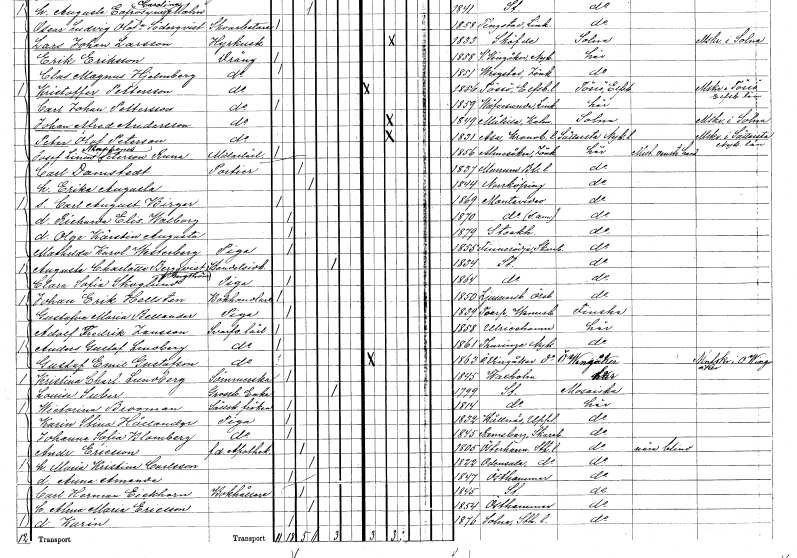
gt_parse: households: individuals: FN: Carl August Birger
KON: M
CIV: O
FODAR: 1869
FN: Ricarda Elisabet Walborg
KON: K
CIV: O
FODAR: 1870
FN: Olga Kärstin Augusta
KON: K
CIV: O
FODAR: 1879
FODFORS: Stockholm
FN: Mathilda Karolina
EN: Westerberg
YRKE: Piga
KON: K
CIV: O
FODAR: 1855
FODFORS: Finnerödja Örebro län
FN: Augusta Charlotta
EN: Bergqvist Bergström
YRKE: Handelsidkare
KON: K
CIV: E
FODAR: 1834
FODFORS: Stockholm
FN: Clara Sofia
EN: Skoglund
YRKE: Piga
KON: K
CIV: O
FODAR: 1864
FODFORS: Stockholm
FN: Johan Erik
EN: Hellsten
YRKE: Bokhandlare
KON: M
CIV: O
FODAR: 1850
FODFORS: Ljusnarsberg Örebro län
FN: Gustafva Maria
EN: Bellander
YRKE: Piga
KON: K
CIV: O
FODAR: 1839
FODFORS: Toarp Älvsborgs län
FN: Adolf Fredrik
EN: Jansson
YRKE: Svarvarelärling
KON: M
CIV: O
FODAR: 1858
FODFORS: Ulricehamn Älvsborgs län
FN: Anders Gustaf
EN: Lindberg
YRKE: Svarvarelärling
KON: M
CIV: O
FODAR: 1861
FODFORS: Turinge Stockholms län
FN: Gustaf Emil
EN: Gustafson
YRKE: Svarvarelärling
KON: M
CIV: O
FODAR: 1863
FODFORS: Östra Vingåker Södermanlands län
FN: Kristina Charlotta
EN: Lundberg
YRKE: Sömmerska
KON: K
CIV: O
FODAR: 1845
FODFORS: Vaxholm Stockholms län
FN: Louise
EN: Suber
YRKE: Grosshandlareänka
KON: K
CIV: E
FODAR: 1799
FODFORS: Stockholm
FN: Wictoria
EN: Brooman
YRKE: Sällskapsfröken
KON: K
CIV: O
FODAR: 1814
FODFORS: Stockholm
FN: Karin Stina
EN: Hållander
YRKE: Piga
KON: K
CIV: O
FODAR: 1832
FODFORS: Hållnäs Uppsala län
FN: Johanna Sofia
EN: Blomberg
YRKE: Piga
KON: K
CIV: O
FODAR: 1845
FODFORS: Ransberg Skaraborgs län
FN: Andreas
EN: Ericsson
YRKE: Apotekare f.d.
KON: M
CIV: G
FODAR: 1805
FODFORS: Österhaninge Stockholms län
FN: Maria Kristina
EN: Carlsson
KON: K
CIV: G
FODAR: 1822
FODFORS: Odensala Stockholms län
FN: Anna Amanda
KON: K
CIV: O
FODAR: 1847
FODFORS: Östhammar Uppsala län
FN: Carl Herman
EN: Eickhorn
YRKE: Bokhållare
KON: M
CIV: G
FODAR: 1845
FODFORS: Stockholm
FN: Alma Maria
EN: Ericsson
KON: K
CIV: G
FODAR: 1854
FODFORS: Östhammar Uppsala län
FN: Karin
KON: K
CIV: O
FODAR: 1876
FODFORS: Solna Stockholms län